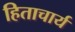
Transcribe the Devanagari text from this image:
हिताचार्य